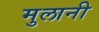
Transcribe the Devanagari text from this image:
मुलानी